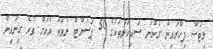
ލިޓަސް ފިހާރައިން ގަންނަ ސައިކަލުތަކުގެ 50 ޕަސެންޓް ނުވަތަ އެއަށް ވުރެ ގިނައިން